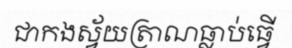
ជាកងស្វ័យត្រាណធ្លាប់ធ្វើ